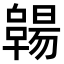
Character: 𠧊